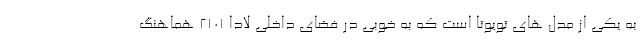
به یکی از مدل های تویوتا است که به خوبی در فضای داخلی لادا 2101 هماهنگ